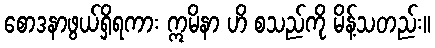
စောဒနာဖွယ်ရှိရကား ဣမိနာ ဟိ စသည်ကို မိန့်သတည်း။